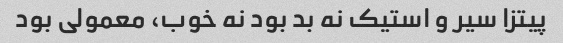
پیتزا سیر و استیک نه بد بود نه خوب، معمولی بود